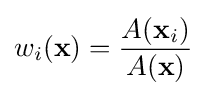
w_{i}(\mathbf {x} )={\frac {A(\mathbf {x} _{i})}{A(\mathbf {x} )}}